system: You are a helpful assistant.
user:
Analyze the provided spectrum to determine if it is a **Carbon Star (C-type)**.

- **Key Visual Indicators of Carbon Star:**
    - **(Primary):** Strong molecular absorption from **C₂ (diatomic carbon) "Swan Bands."** This is the **defining feature** of a carbon star.
        - **(Key Bandheads):** Sharp absorption edges are visible at approximately $5635$ Å, $5165$ Å (the strongest band), and $4737$ Å.
        - **(Line Profile):** Creates a distinct **"saw-tooth"** pattern. The key morphology is a sharp, steep bandhead on the **red (long-wavelength) side**, which then gradually tapers off (i.e., flux recovers) towards the **blue (short-wavelength) side**. *(This is the direct opposite of the TiO bands seen in M-type stars)*.

    - **(Secondary):** Intense **CN (cyanogen)** molecular absorption bands.
        - **(Key Bandheads):** Located in the blue and violet regions of the spectrum (e.g., near $4215$ Å and $3883$ Å).
        - **(Morphology):** These bands are extremely broad and act as a "blanket," absorbing the vast majority of blue and violet light. This creates a characteristic **"cliff"** or **"steep drop-off"** in the spectrum's flux at short wavelengths.

    - **(Key Confirmation):** Strong **CH absorption band (G-band)**.
        - **(Key Bandhead):** Located around $4300$ Å. The contribution from CH molecules to this band is exceptionally strong.

    - **(Overall Spectrum):**
        - The continuum is severely "chopped up" by these deep molecular bands, especially C₂, rather than appearing as a smooth curve.
        - Due to the heavy CN and C₂ absorption in the blue-green, the vast majority of the star's flux is concentrated in the red part of the spectrum, giving the star its characteristic deep red color.

Think first, call **spectral_visualization_tool** if needed to examine features in detail, then provide your final answer. Your response must adhere to the following strict rules:
1.  **Overall Structure:** Your response must follow the format `<think>...</think> <tool_call>...</tool_call> (if a tool is used) <answer>...</answer>`.
2.  **Tool Usage Constraint:** You may only make **one** tool call per turn.
3.  **Final Answer Format:** In the `<answer>` tag, your conclusion must be inside a `\boxed{}` command (e.g., `\boxed{YES}`), followed by your justification.

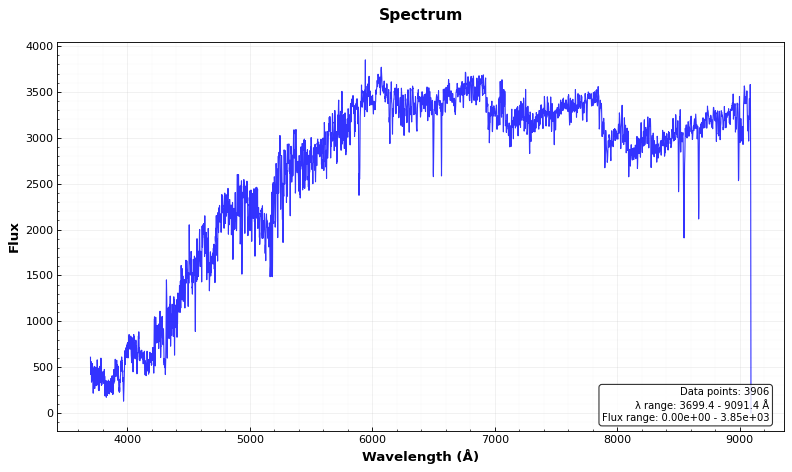
Answer: YES